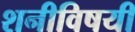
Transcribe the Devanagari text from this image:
शनीविषयी